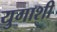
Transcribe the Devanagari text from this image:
युगाशी